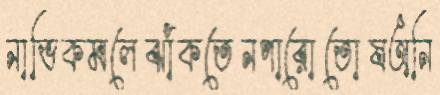
নাভিকমলেঝাঁকতেনপারোতোষঅনি